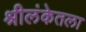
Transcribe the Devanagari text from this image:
श्रीलंकेतला